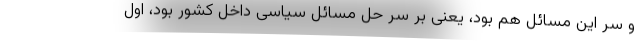
و سر این مسائل هم بود، یعنی بر سر حل مسائل سیاسی داخل کشور بود، اول